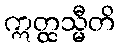
ဣတ္ထသ္မီတိ